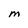
Character: M